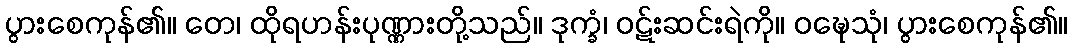
ပွားစေကုန်၏။ တေ၊ ထိုရဟန်းပုဏ္ဏားတို့သည်။ ဒုက္ခံ၊ ဝဋ်းဆင်းရဲကို။ ဝဍ္ဎေသုံ၊ ပွားစေကုန်၏။